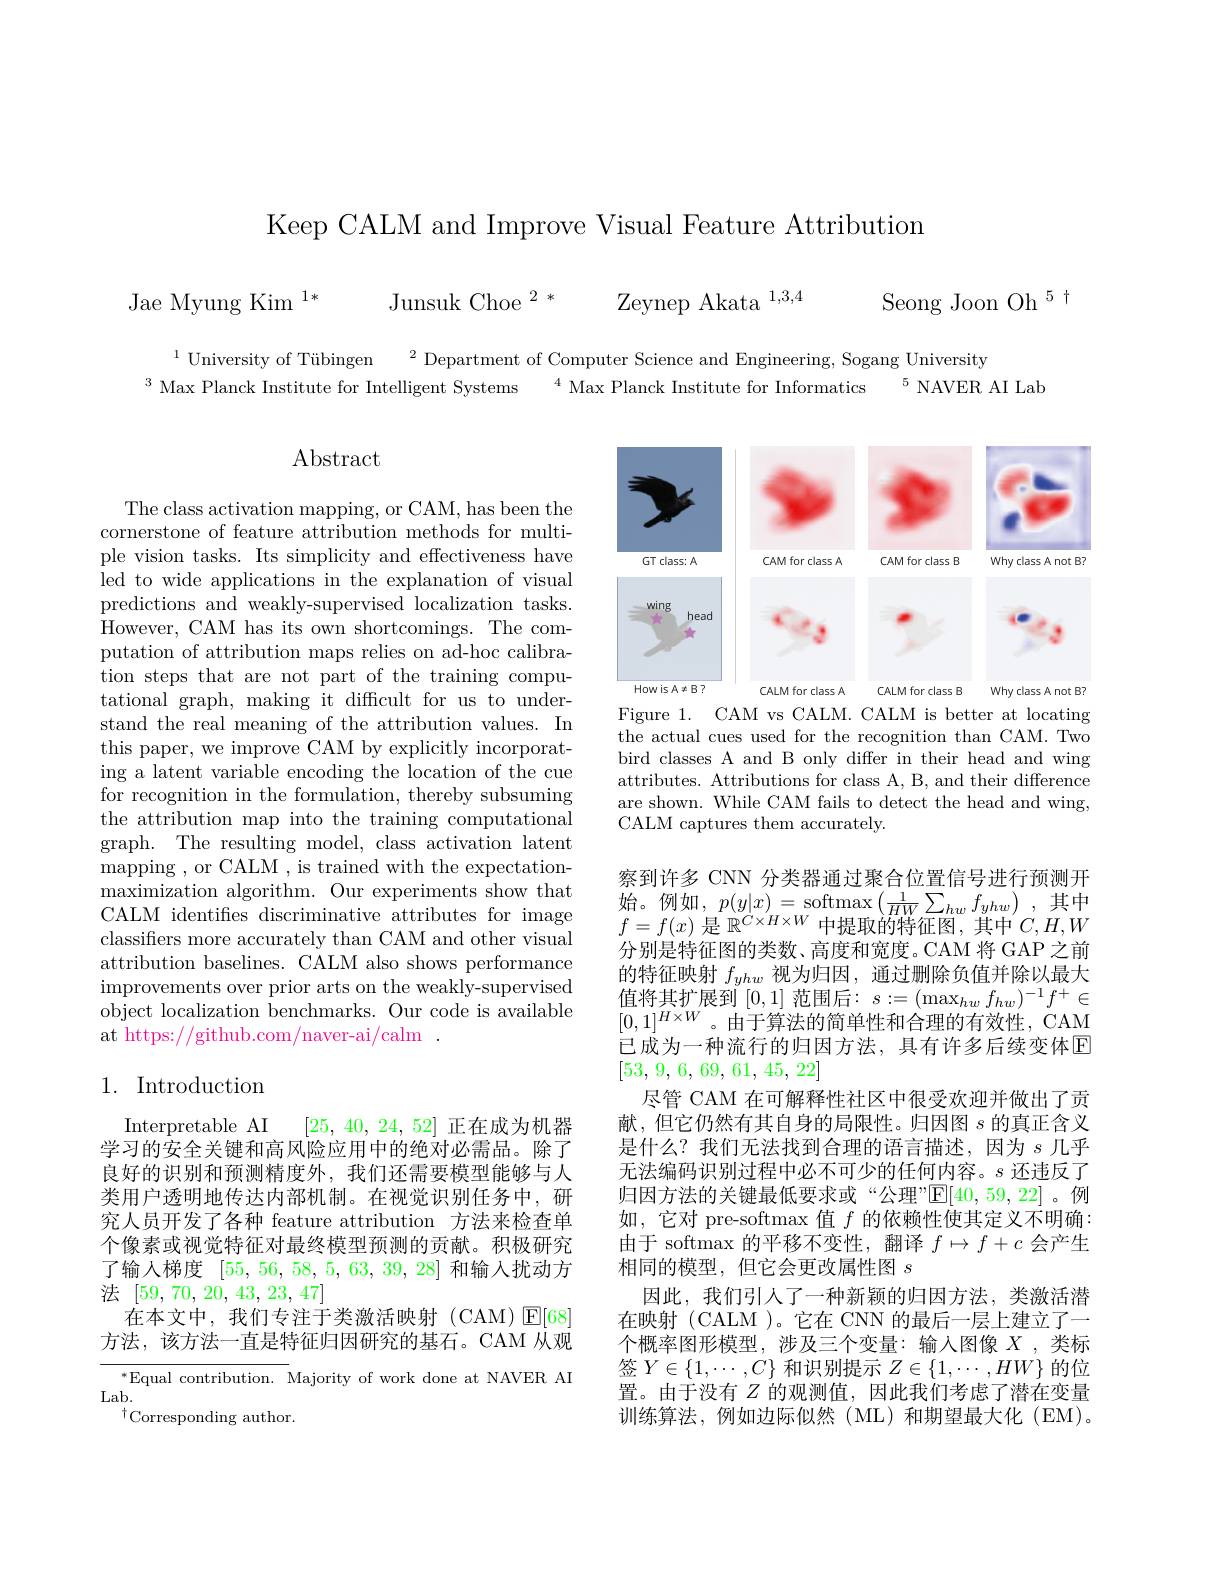
Keep CALM and Improve Visual Feature Attribution

Seong Joon Oh 5 t

Zeynep Akata $^{1,3,4}$

Jae Myung Kim $^{1* }$ Junsuk Choe$^2*$

$^{1}$ University of Tübingen
$^{2}$ Department of Computer Science and Engineering, Sogang University
$^3$ Max Planck Institute for Intelligent Systems
$^{4}$ Max Planck Institute for Informatics
$^5$ NAVER AI Lab

$\operatorname{Abstract}$

<FigureHere>
Figure 1. CAM vs CALM. CALM is better at locating

the actual cues used for the recognition than CAM. Two bird classes A and B only differ in their head and wing attributes. Attributions for class A, B, and their difference are shown. While CAM fails to detect the head and wing, CALM captures them accurately.

The class activation mapping, or CAM, has been the cornerstone of feature attribution methods for multiple vision tasks. Its simplicity and effectiveness have led to wide applications in the explanation of visual predictions and weakly-supervised localization tasks. However, CAM has its own shortcomings. The computation of attribution maps relies on ad-hoc calibration steps that are not part of the training computational graph, making it difficult for us to understand the real meaning of the attribution values. In this paper, we improve CAM by explicitly incorporating a latent variable encoding the location of the cue for recognition in the formulation, thereby subsuming the attribution map into the training computational graph. The resulting model, class activation latent mapping , or CALM , is trained with the expectationmaximization algorithm. Our experiments show that CALM identifes discriminative attributes for image classifiers more accurately than CAM and other visual attribution baselines. CALM also shows performance improvements over prior arts on the weakly-supervised object localization benchmarks. Our code is available at https://github.com/naver-ai/calm

## 1. Introduction

察到许多 CNN 分类器通过聚合位置信号进行预测开$\begin{array}{l}\text{始。例如，}p(y|x)=\mathrm{softmax}\left(\frac{1}{HW}\sum_{hw}f_{yhw}\right),&\text{其中}\\f=f(x)\text{ 是 }\mathbb{R}^{C\times H\times W}\text{中提取的特征图，其中}C,H,W\end{array}$ 分别是特征图的类数、高度和宽度。CAM 将 GAP 之前的特征映射$f_{yhw}$视为归因，通过删除负值并除以最大值将其扩展到[0,1]范围后：$s:=(\max_hwf_{hw})^{-1}f^+\in$ $[0,1]^{H\times W}$。由于算法的简单性和合理的有效性，CAM 已成为一种流行的归因方法，具有许多后续变体区[53, 9, 6, 69, 61, 45, 22]
尽管 CAM 在可解释性社区中很受欢迎并做出了贡献，但它仍然有其自身的局限性。归因图$s$的真正含义是什么？我们无法找到合理的语言描述，因为$s$几乎无法编码识别过程中必不可少的任何内容。$s$还违反了归因方法的关键最低要求或“公理”$\mathbb{E}[40,59,22]$。例如，它对 pre-softmax 值$f$的依赖性使其定义不明确： 由于 softmax 的平移不变性，翻译$f\mapsto f+c$会产生相同的模型，但它会更改属性图$s$
因此，我们引人了一种新颖的归因方法，类激活潜在映射 (CALM )。它在 CNN 的最后一层上建立了一个概率图形模型，涉及三个变量：输入图像$X$ ,类标签$Y\in\{1,\cdots,C\}$和识别提示$Z\in\{1,\cdots,HW\}$的位置。由于没有$Z$的观测值，因此我们考虑了潜在变量训练算法，例如边际似然(ML)和期望最大化(EM)。

Interpretable AI
[25, 40, 24, 52]正在成为机器
学习的安全关键和高风险应用中的绝对必需品。除了良好的识别和预测精度外，我们还需要模型能够与人类用户透明地传达内部机制。在视觉识别任务中，研究人员开发了各种 feature attribution 方法来检查单个像素或视觉特征对最终模型预测的贡献。积极研究了输人梯度[55,56,58,5,63,39,28]和输入扰动方法[59,70,20,43,23,47]
在本文中，我们专注于类激活映射(CAM)E[68] 方法，该方法一直是特征归因研究的基石。CAM 从观

$^*$Equal contribution. Majority of work done at NAVER AI
Lab.
$^{\dagger}$Corresponding author.